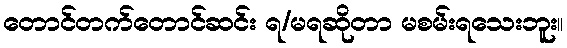
တောင်တက်တောင်ဆင်း ရ/မရဆိုတာ မစမ်းရသေးဘူး။